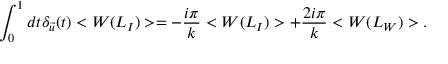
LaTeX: \int _ { 0 } ^ { 1 } d t \delta _ { \vec { u } } ( t ) < W ( L _ { I } ) > = - { \frac { i \pi } { k } } < W ( L _ { I } ) > + { \frac { 2 i \pi } { k } } < W ( L _ { W } ) > .